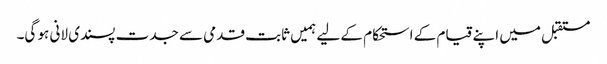
مستقبل میں اپنے قیام کے استحکام کے لیے ہمیں ثابت قدمی سے جدت پسندی لانی ہو گی۔